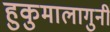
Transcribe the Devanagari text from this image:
हुकुमालागुनी